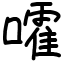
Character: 嚯